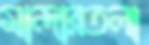
মান্দারতলা